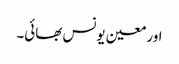
اور معین یونس بھائی۔